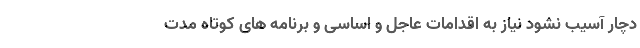
دچار آسیب نشود نیاز به اقدامات عاجل و اساسی و برنامه های کوتاه مدت